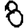
Digit: 8